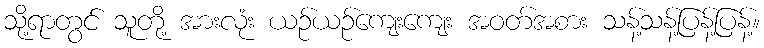
သို့ရာတွင် သူတို့ အားလုံး ယဉ်ယဉ်ကျေးကျေး အဝတ်အစား သန့်သန့်ပြန့်ပြန့်။